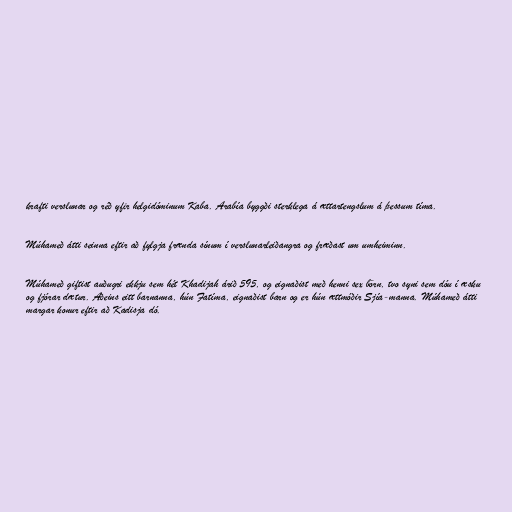
krafti verslunar og réð yfir helgidóminum Kaba. Arabía byggði sterklega á ættartengslum á þessum tíma.

Múhameð átti seinna eftir að fylgja frænda sínum í verslunarleiðangra og fræðast um umheiminn.

Múhameð giftist auðugri ekkju sem hét Khadijah árið 595, og eignaðist með henni sex börn, tvo syni sem dóu í æsku
og fjórar dætur. Aðeins eitt barnanna, hún Fatíma, eignaðist barn og er hún ættmóðir Sjía-manna. Múhameð átti
margar konur eftir að Kadisja dó.